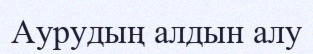
Аурудың алдын алу